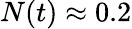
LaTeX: N(t)\approx 0.2